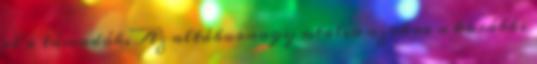
el a támadók. Az altábornagy utalva azokra a korábbi